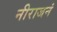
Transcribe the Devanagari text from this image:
नीराजनं